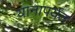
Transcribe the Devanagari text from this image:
यानापर्यंत